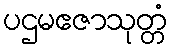
ပဌမဧဇာသုတ္တံ